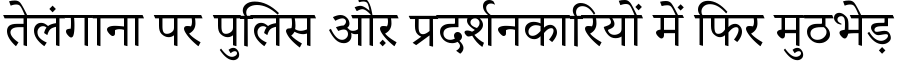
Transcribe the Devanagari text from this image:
तेलंगाना पर पुलिस औऱ प्रदर्शनकारियों में फिर मुठभेड़